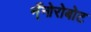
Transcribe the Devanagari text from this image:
न्ँनोरोबोट